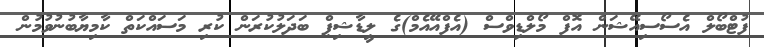
ފުޓްބޯލް އެސޯސިއޭޝަން އޮފް މޯލްޑިވްސް (އެފްއޭއެމް)ގެ ލީޑާޝިޕް ބަދަލުކުރަން ކުރި މަސައްކަތް ކާމިޔާބުނުވުމުން